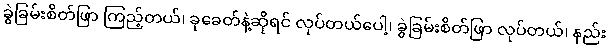
ခွဲခြမ်းစိတ်ဖြာ ကြည့်တယ်၊ ခုခေတ်နဲ့ဆိုရင် လုပ်တယ်ပေါ့၊ ခွဲခြမ်းစိတ်ဖြာ လုပ်တယ်၊ နည်း